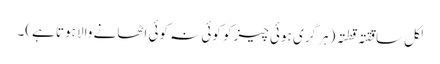
لکل ساققتہ قطتہ (ہر گری ہوئی چیز کو کوئی نہ کوئی اٹھانے والا ہوتا ہے)۔